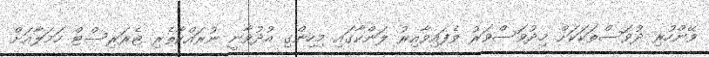
ވޭންހުރި ދުވަސްތަކަކަށް މިދުވަސްވަރު ވެފައިވާއިރު ލަންކާގައި މިހިންގި އުދުވާނީ ނުރައްކާތެރި ޓެރަރިސްޓް ހަމަލާއަށް